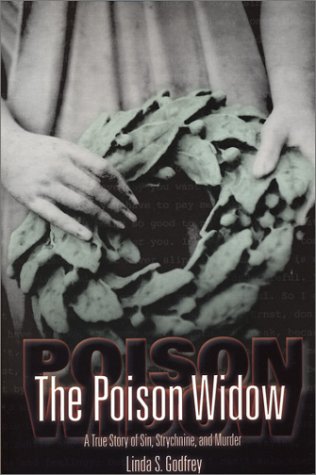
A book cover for The Poison Widow: A True Story of Sin, Strychnine, and Murder (Wisconsin); Linda S. Godfrey; Law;